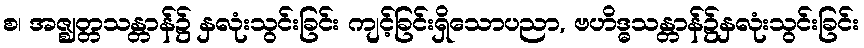
စ၊ အဇ္ဈတ္တသန္တာန်၌ နှလုံးသွင်းခြင်း ကျင့်ခြင်းရှိသောပညာ, ဗဟိဒ္ဓသန္တာန်၌နှလုံးသွင်းခြင်း